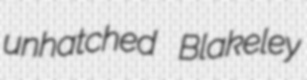
unhatched Blakeley